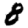
Digit: 8